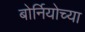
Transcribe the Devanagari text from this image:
बोर्नियोच्या